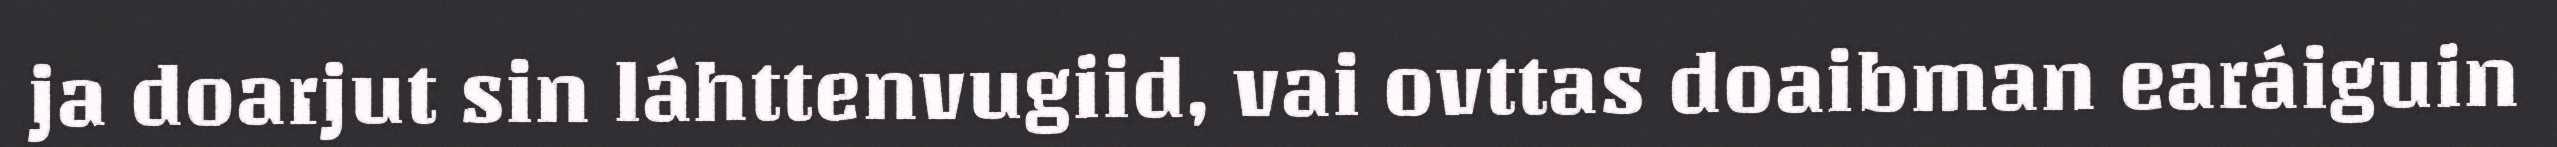
ja doarjut sin láhttenvugiid, vai ovttas doaibman earáiguin